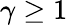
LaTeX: \gamma\geq 1